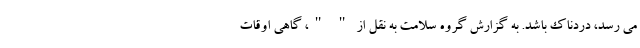
می رسد، دردناک باشد. به گزارش گروه سلامت به نقل از " "، گاهی اوقات